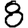
Digit: 8